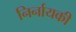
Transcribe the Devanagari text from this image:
निर्नायकी